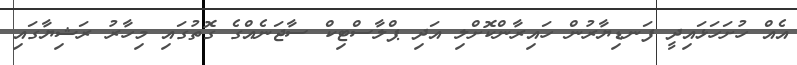
އެއް ހުށަހަޅައިދީ ފަނޑިޔާރުން ހައިރާންކޮށްލި އަދި ޕްލާސްޓިކް ސާޖަނެއްގެ ގޮތުގައި މިހާރު ރަޝިޔާގައި